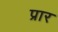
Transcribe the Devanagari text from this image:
प्रार